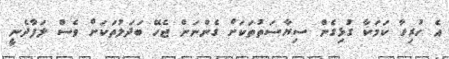
އެ ހުރިހާ ކަމަކާ ގުޅިގެން ސިޔާސަތުތަކަށް ގެންނަން ޖެހޭ ބަދަލުތަކަށް ވެސް ލަފާދެނީ